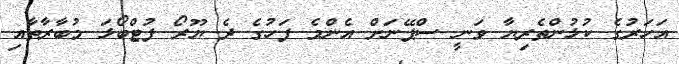
އަހަރުގެ ކުޅުންތެރިޔާ ވަނީ ސްޕޭނަށް އެންމެ ފަހުގެ ދެ ޔޫރޯ ފުޓްބޯޅަ މުބާރާތާއި